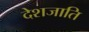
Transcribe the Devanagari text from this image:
देशजाति